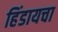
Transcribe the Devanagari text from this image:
हिंडायचा